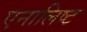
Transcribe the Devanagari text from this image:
एनालिष्ट